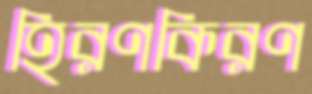
হিরণকিরণ